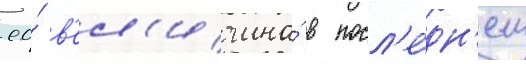
ео́ в'ел'ичина́ в посл'е́дн'ем